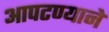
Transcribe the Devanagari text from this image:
आपटण्याने